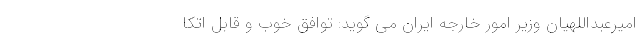
امیرعبداللهیان وزیر امور خارجه ایران می گوید: توافق خوب و قابل اتکا